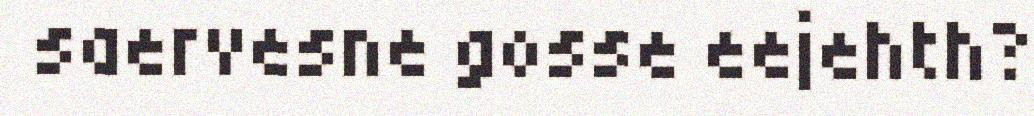
saervesne gosse eejehth?